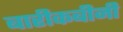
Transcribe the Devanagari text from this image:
बारीकबीनी